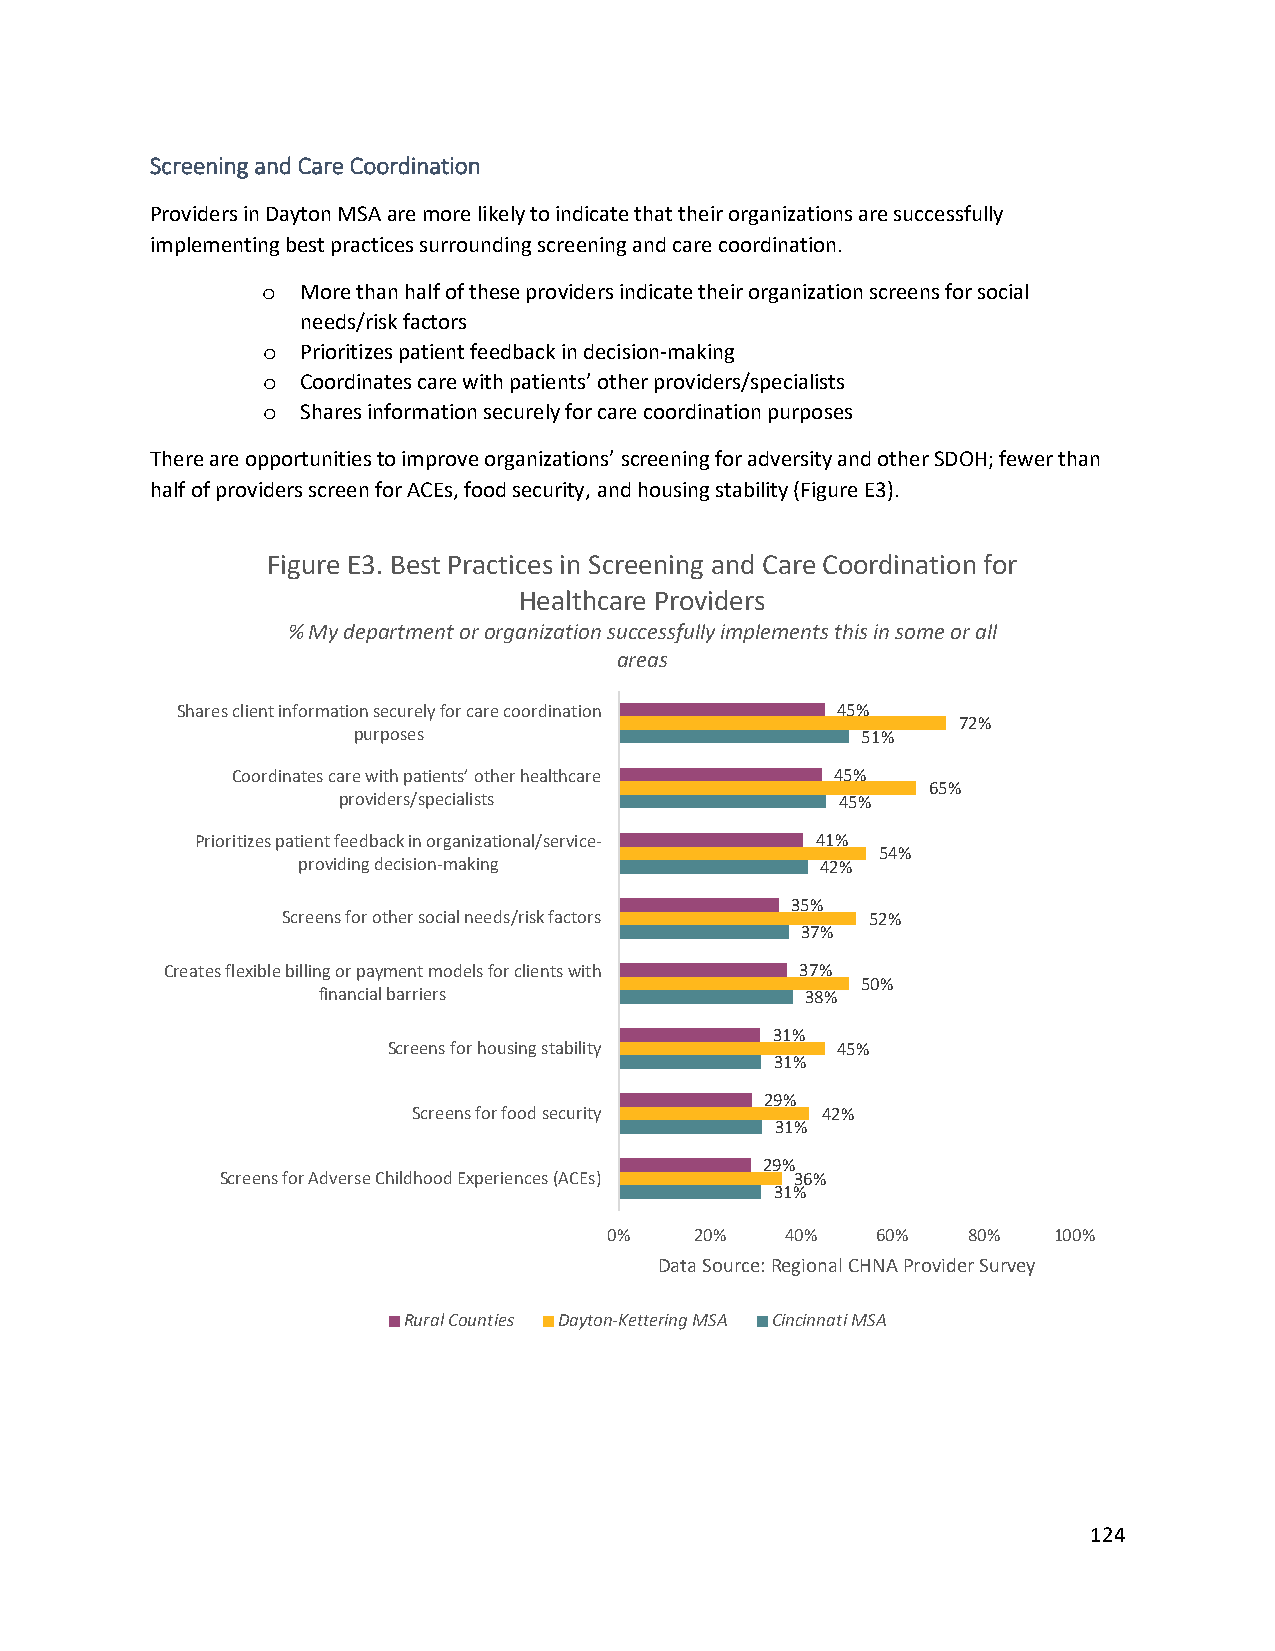
Screening and Care Coordination
 Providers in Dayton MSA are more likely to indicate that their organizations are successfully
 implementing best practices surrounding screening and care coordination.
 More than half of these providers indicate their organization screens for social
 o
 needs/risk factors
 Prioritizes patient feedback in decision-making
 o
 Coordinates care with patients’ other providers/specialists
 o
 Shares information securely for care coordination purposes
 o
 There are opportunities to improve organizations’ screening for adversity and other SDOH; fewer than
 half of providers screen for ACEs, food security, and housing stability (Figure E3).
 Figure E3. Best Practices in Screening and Care Coordination for
 Healthcare Providers
 % My department or organization successfully implements this in some or all
 areas
 Shares client information securely for care coordination 45%
 72%
 purposes                          51%
 Coordinates care with patients’ other healthcare 45%
 65%
 providers/specialists             45%
 Prioritizes patient feedback in organizational/service- 41%
 54%
 providing decision-making         42%
 35%
 Screens for other social needs/risk factors 52%
 37%
 Creates flexible billing or payment models for clients with 37%
 50%
 financial barriers              38%
 31%
 Screens for housing stability 45%
 31%
 29%
 Screens for food security  42%
 31%
 29%
 Screens for Adverse Childhood Experiences (ACEs) 36%
 31%
 0%    20%   40%   60%   80%   100%
 Data Source: Regional CHNAProvider Survey
 Rural Counties Dayton-Kettering MSA Cincinnati MSA
 124